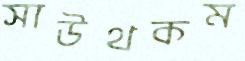
সাউথকম